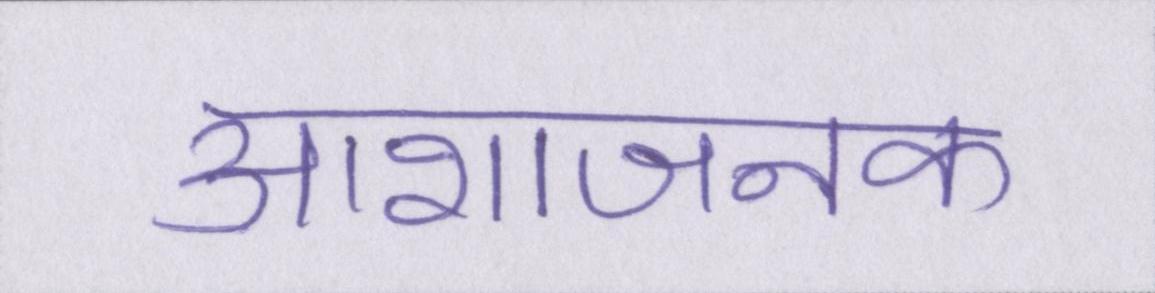
आशाजनक